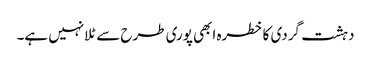
دہشت گردی کا خطرہ ابھی پوری طرح سے ٹلا نہیں ہے۔